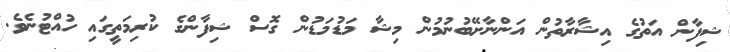
ޝިފާން އަތުގެ އިޝާރާތުން އަންނާށޭބުނުމުން މިޝާ މަޑުމަޑުން ގޮސް ޝިފާންގެ ކުރިމަތީގައި ހުއްޓުނެވެ.